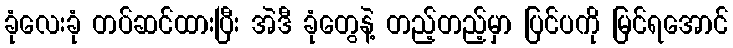
ခုံလေးခုံ တပ်ဆင်ထားပြီး အဲဒီ ခုံတွေနဲ့ တည့်တည့်မှာ ပြင်ပကို မြင်ရအောင်